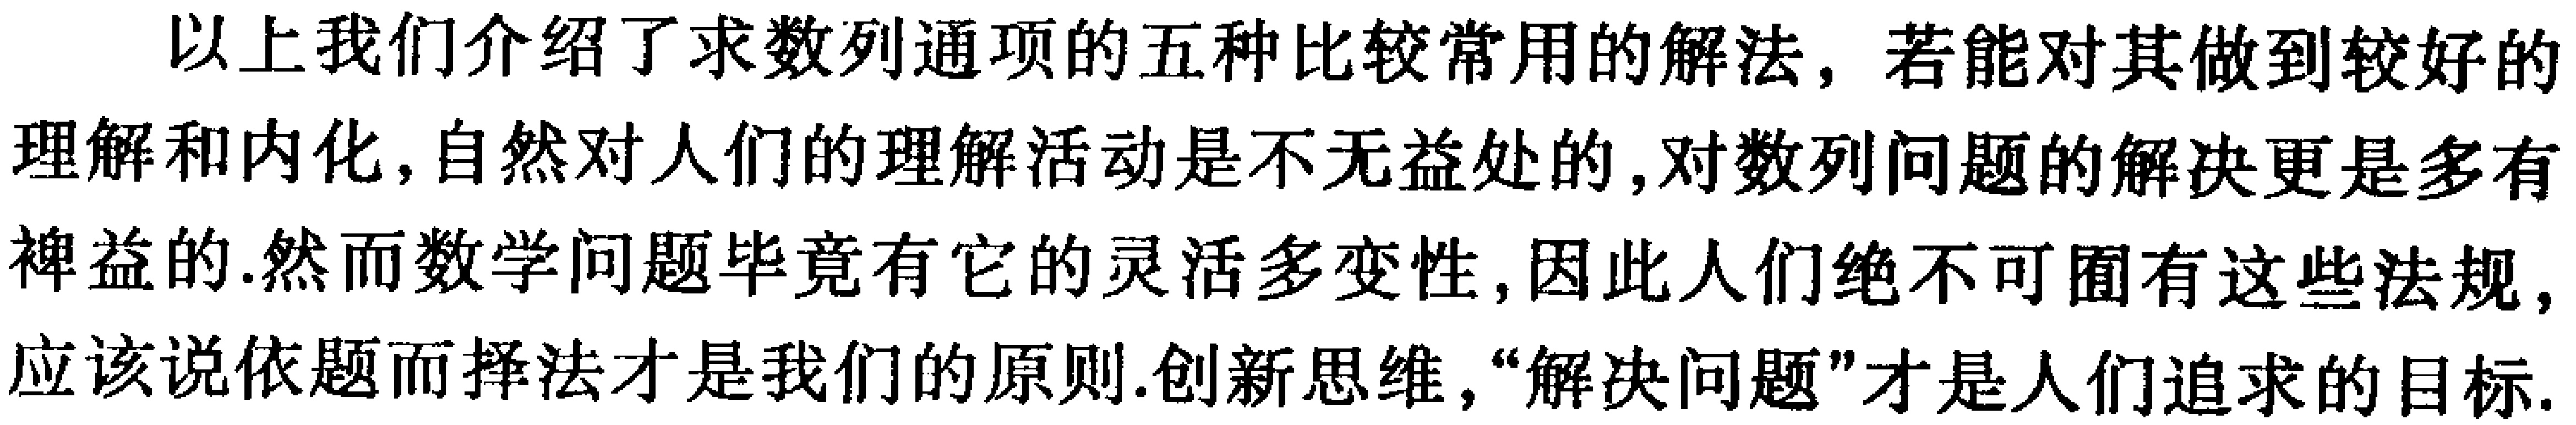
以上我们介绍了求数列通项的五种比较常用的解法，若能对其做到较好的理解和内化，自然对人们的理解活动是不无益处的，对数列问题的解决更是多有裨益的.然而数学问题毕竟有它的灵活多变性，因此人们绝不可囿有这些法规，应该说依题而择法才是我们的原则.创新思维，“解决问题”才是人们追求的目标.